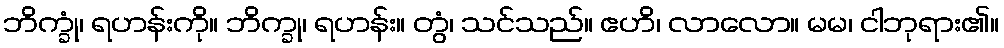
ဘိက္ခုံ၊ ရဟန်းကို။ ဘိက္ခု၊ ရဟန်း။ တွံ၊ သင်သည်။ ဧဟိ၊ လာလော။ မမ၊ ငါဘုရား၏။